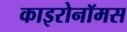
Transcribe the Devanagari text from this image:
काइरोनॉमस